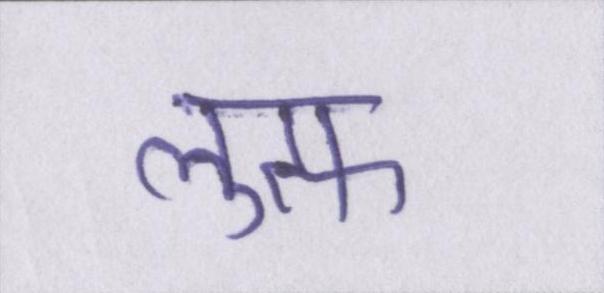
लुत्फ